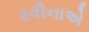
રવીનાએ